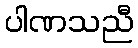
ပါဏသညီ